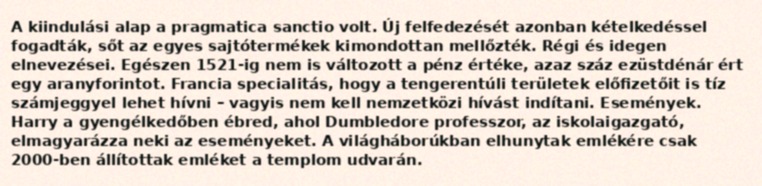
A kiindulási alap a pragmatica sanctio volt. Új felfedezését azonban kételkedéssel fogadták, sőt az egyes sajtótermékek kimondottan mellőzték. Régi és idegen elnevezései. Egészen 1521-ig nem is változott a pénz értéke, azaz száz ezüstdénár ért egy aranyforintot. Francia specialitás, hogy a tengerentúli területek előfizetőit is tíz számjeggyel lehet hívni – vagyis nem kell nemzetközi hívást indítani. Események. Harry a gyengélkedőben ébred, ahol Dumbledore professzor, az iskolaigazgató, elmagyarázza neki az eseményeket. A világháborúkban elhunytak emlékére csak 2000-ben állítottak emléket a templom udvarán.